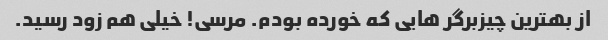
از بهترین چیزبرگر هایی که خورده بودم. مرسی! خیلی هم زود رسید.